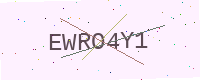
Text: EWRO4Y1